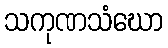
သကုဏသံဃော